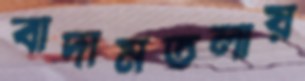
বাদামতলায়